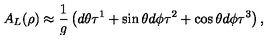
A _ { L } ( \rho ) \approx \frac { 1 } { g } \left( d \theta \tau ^ { 1 } + \sin \theta d \phi \tau ^ { 2 } + \cos \theta d \phi \tau ^ { 3 } \right) ,